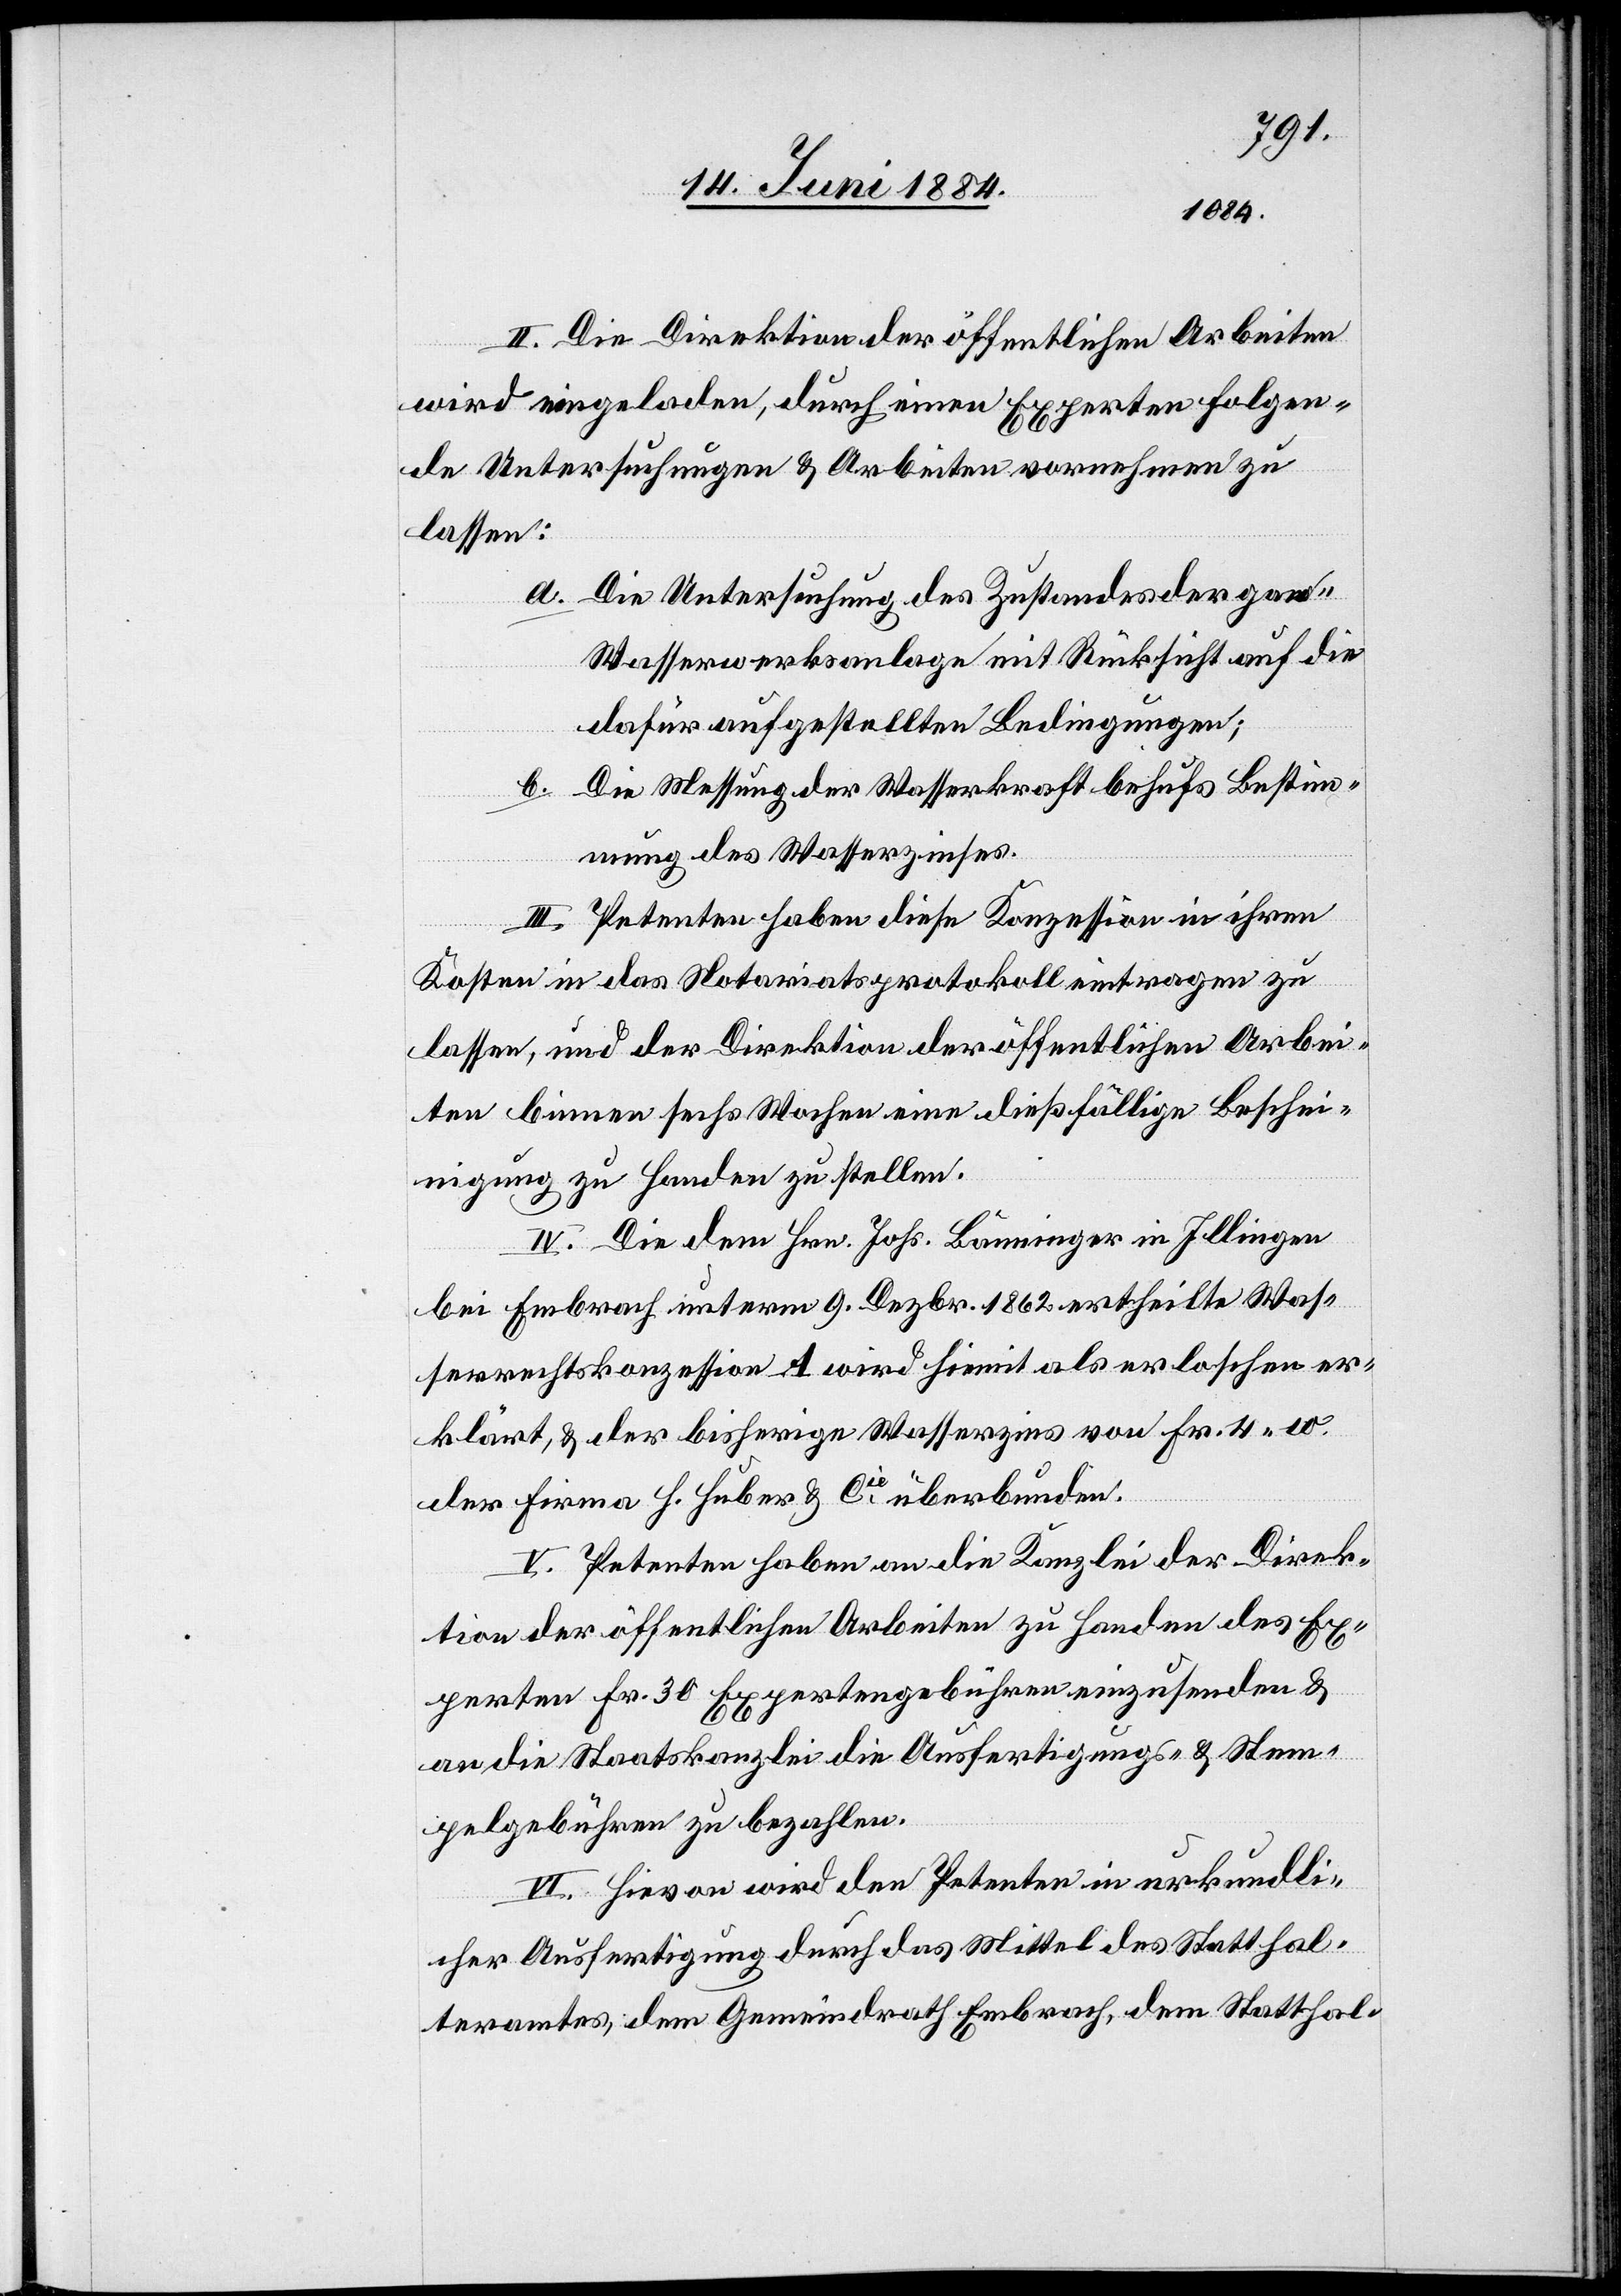
II. Die Direktion der öffentlichen Arbeiten
wird eingeladen, durch einen Experten folgen¬
de Untersuchungen & Arbeiten vornehmen zu
lassen:
a. Die Untersuchung des Zustandes der [?ganzen]
Wasserwerksanlage mit Rücksicht auf die
dafür aufgestellten Bedingungen;
Die Messung der Wasserkraft behufs Bestim¬
b.
mung des Wasserzinses.
III. Petenten haben diese Konzession in ihren
Kosten in das Notariatsprotokoll eintragen zu
lassen, und der Direktion der öffentlichen Arbei¬
ten binnen sechs Wochen eine dießfällige Besche¬
inigung zu Handen zu stellen.
IV. Die dem Hrn. Johs Bänninger [sic!] in Illingen
bei Embrach unterm 9. Dezbr. 1862 ertheilte Was¬
serrechtskonzession A wird hiemit als erloschen er¬
klärt, & der bisherige Wasserzins von Fr. 4 10
der Firma H. Huber & Cie überbunden.
V. Petenten haben an die Kanzlei der Direk¬
tion der öffentlichen Arbeiten zu Handen des Ex¬
perten Fr. 30 Expertengebühr einzusenden &
an die Staatskanzlei die Ausfertigungs- & Stem¬
pelgebühren zu bezahlen.
VI. Hievon wird den Petenten in urkundli¬
cher Ausfertigung durch das Mittel des Statthal¬
teramtes, dem Gemeindrath Embrach, dem Statthal-